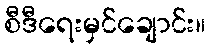
စီဒီရေးမှင်ချောင်း။